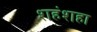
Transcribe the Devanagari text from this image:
शहंशहा